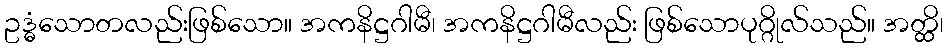
ဥဒ္ဓံသောတလည်းဖြစ်သော။ အကနိဋ္ဌဂါမီ၊ အကနိဋ္ဌဂါမီလည်း ဖြစ်သောပုဂ္ဂိုလ်သည်။ အတ္ထိ၊